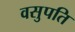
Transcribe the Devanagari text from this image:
वसुपति